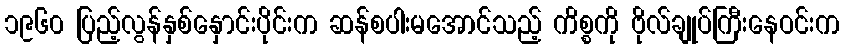
၁၉၆၀ ပြည့်လွန်နှစ်နှောင်းပိုင်းက ဆန်စပါးမအောင်သည့် ကိစ္စကို ဗိုလ်ချုပ်ကြီးနေဝင်းက